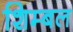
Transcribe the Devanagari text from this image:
शिम्बल